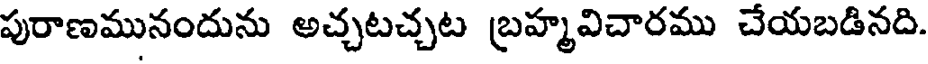
పురాణమునందును అచ్చటచ్చట బ్రహ్మవిచారము చేయబడినది.